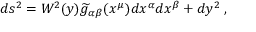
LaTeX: d s ^ { 2 } = W ^ { 2 } ( y ) \widetilde { g } _ { \alpha \beta } ( x ^ { \mu } ) d x ^ { \alpha } d x ^ { \beta } + d y ^ { 2 } \; ,